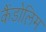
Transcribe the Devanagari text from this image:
कैंडोलिम